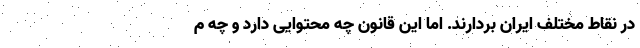
در نقاط مختلف ایران بردارند. اما این قانون چه محتوایی دارد و چه م